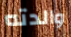
والدته